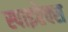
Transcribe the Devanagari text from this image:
स्पाइरेक्स